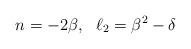
LaTeX: \begin{align*}n=-2\beta,\ \ \ell_2 = \beta^2-\delta\end{align*}